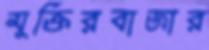
মুক্তিরবাজার